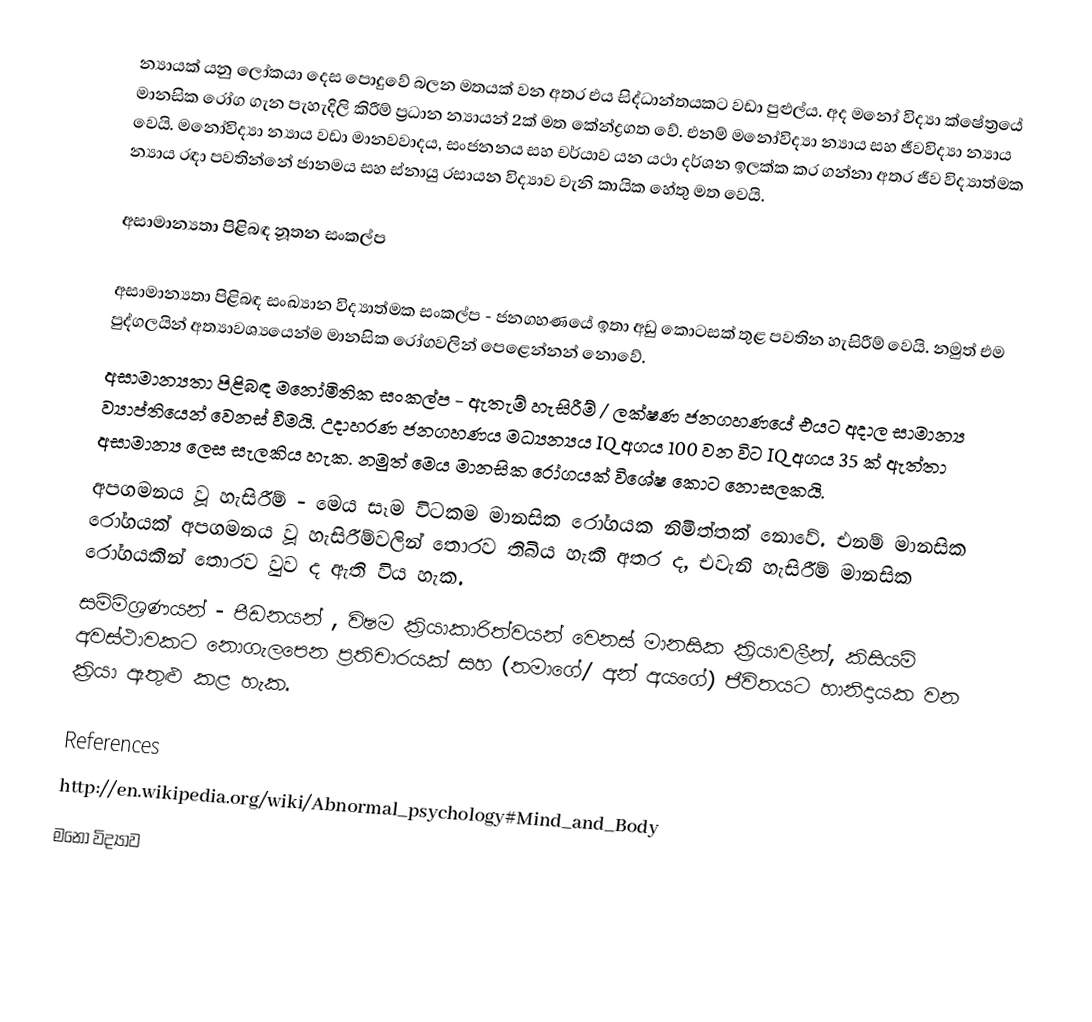
න්‍යායක් යනු ලෝකයා දෙස පොදුවේ බලන මතයක් වන අතර එය සිද්ධාන්තයකට වඩා පුළුල්ය. අද මනෝ විද්‍යා ක්ෂේත්‍රයේ මානසික රෝග ගැන පැහැදිලි කිරීම් ප්‍රධාන න්‍යායන් 2ක් මත කේන්ද්‍රගත වේ. එනම් මනෝවිද්‍යා න්‍යාය සහ ජීවවිද්‍යා න්‍යාය වෙයි. මනෝවිද්‍යා න්‍යාය වඩා මානවවාදය, සංජනනය සහ චර්යාව යන යථා දර්ශන ඉලක්ක කර ගන්නා අතර ජීව විද්‍යාත්මක න්‍යාය රඳා පවතින්නේ ජානමය සහ ස්නායු රසායන විද්‍යාව වැනි කායික හේතු මත වෙයි.

අසාමාන්‍යතා පිළිබඳ නූතන සංකල්ප

අසාමාන්‍යතා පිළිබඳ සංඛ්‍යාන විද්‍යාත්මක සංකල්ප - ජනගහණයේ ඉතා අඩු කොටසක් තුළ පවතින හැසිරීම් වෙයි. නමුත් එම පුද්ගලයින් අත්‍යාවශ්‍යයෙන්ම මානසික රෝගවලින් පෙළෙන්නන් නොවේ.
අසාමාන්‍යතා පිළිබඳ මනෝමිතික සංකල්ප  - ඇතැම් හැසිරීම් / ලක්ෂණ ජනගහණයේ එයට අදාල සාමාන්‍ය ව්‍යාප්තියෙන් වෙනස් වීමයි. උදාහරණ ජනගහණය මධ්‍යන්‍යය IQ අගය 100 වන විට IQ අගය 35 ක් ඇත්තා අසාමාන්‍ය ලෙස සැලකිය හැක. නමුත් මෙය මානසික රෝගයක් විශේෂ කොට නොසලකයි.
අපගමනය වූ හැසිරීම් -  මෙය සෑම විටකම මානසික රෝගයක නිමිත්තක් නොවේ. එනම් මානසික රෝගයක් අපගමනය වූ හැසිරීම්වලින් තොරව තිබිය හැකි අතර ද, එවැනි හැසිරීම් මානසික රෝගයකින් ‍තොරව වුව ද ඇති විය හැක.
සම්මිශ්‍රණයන් - පීඩනයන් , විෂම ක්‍රියාකාරිත්වයන් වෙනස් මානසික ක්‍රියාවලීන්, කිසියම් අවස්ථාවකට නොගැලපෙන ප්‍රතිචාරයක් සහ (තමාගේ/ අන් අයගේ) ජීවිතයට හානිදායක වන  ක්‍රියා ඇතුළු කළ හැක.

References
http://en.wikipedia.org/wiki/Abnormal_psychology#Mind_and_Body
මනෝ විද්‍යාව